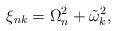
LaTeX: \begin{align*}\xi_{nk}=\Omega_n^2+\tilde\omega_k^2,\end{align*}